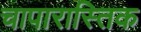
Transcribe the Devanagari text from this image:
चापारास्तिक